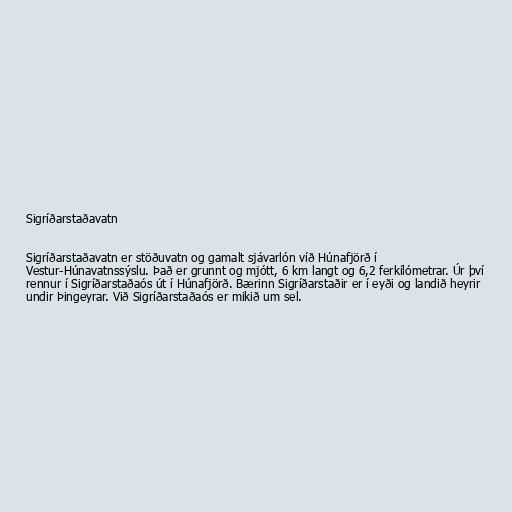
Sigríðarstaðavatn

Sigríðarstaðavatn er stöðuvatn og gamalt sjávarlón víð Húnafjörð í
Vestur-Húnavatnssýslu. Það er grunnt og mjótt, 6 km langt og 6,2 ferkílómetrar. Úr því
rennur í Sigríðarstaðaós út í Húnafjörð. Bærinn Sigríðarstaðir er í eyði og landið heyrir
undir Þingeyrar. Við Sigríðarstaðaós er mikið um sel.